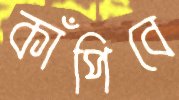
কাঁপিবে